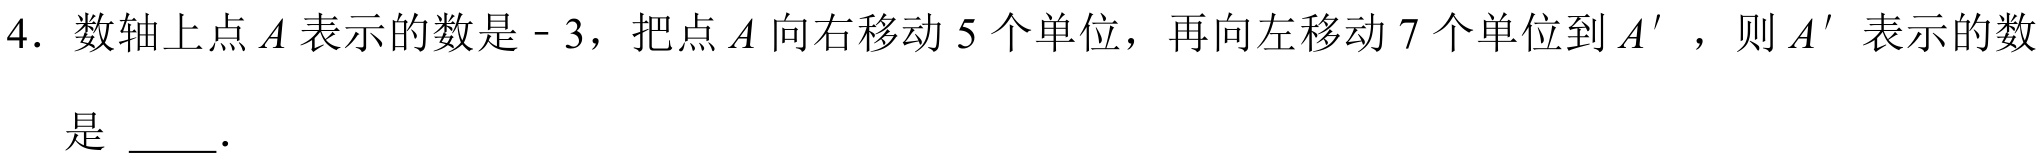
4. 数轴上点\(A\)表示的数是\(- 3\)，把点\(A\)向右移动\(5\)个单位，再向左移动\(7\)个单位到\(A'\)，则\(A'\)表示的数是 \(\underline{\quad\quad}\).